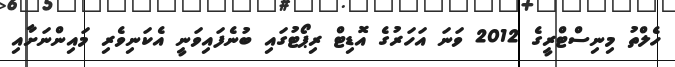
ހެލްތު މިނިސްޓްރީގެ 2012 ވަނަ އަހަރުގެ އޮޑިޓް ރިޕޯޓުގައި ބުނެފައިވަނީ އެކަނިވެރި މައިންނަށާއި